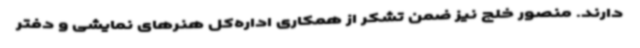
دارند. منصور خلج نیز ضمن تشکر از همکاری اداره‌کل هنرهای نمایشی و دفتر